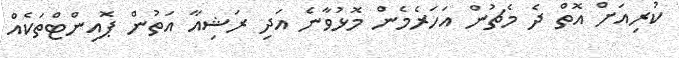
ކުރިއަށް އޮތް ދެ މެޗުން އަހަރެމެން މޮޅުވާނެ އަދި ރަޝިއާ އަތުން ޕޮއިންޓްތަކެއް